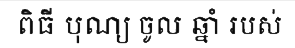
ពិធី បុណ្យ ចូល ឆ្នាំ របស់